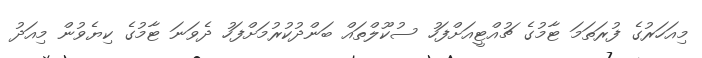
މިއަހަރުގެ ފުރަތަމަ ޓާމުގެ ޗުއްޓީއަށްފަހު ސުކޫލްތައް ބަންދުކުރުމަށްފަހު ދެވަނަ ޓާމުގެ ކިޔެވުން މިއަދު